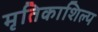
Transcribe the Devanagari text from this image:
मृतिकाशिल्प